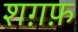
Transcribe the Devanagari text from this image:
शग़फ़